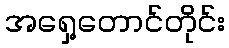
အရှေ့တောင်တိုင်း